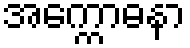
အက္ကောဓနာ